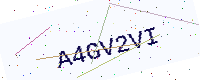
Text: A4GV2VI